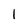
Character: 1